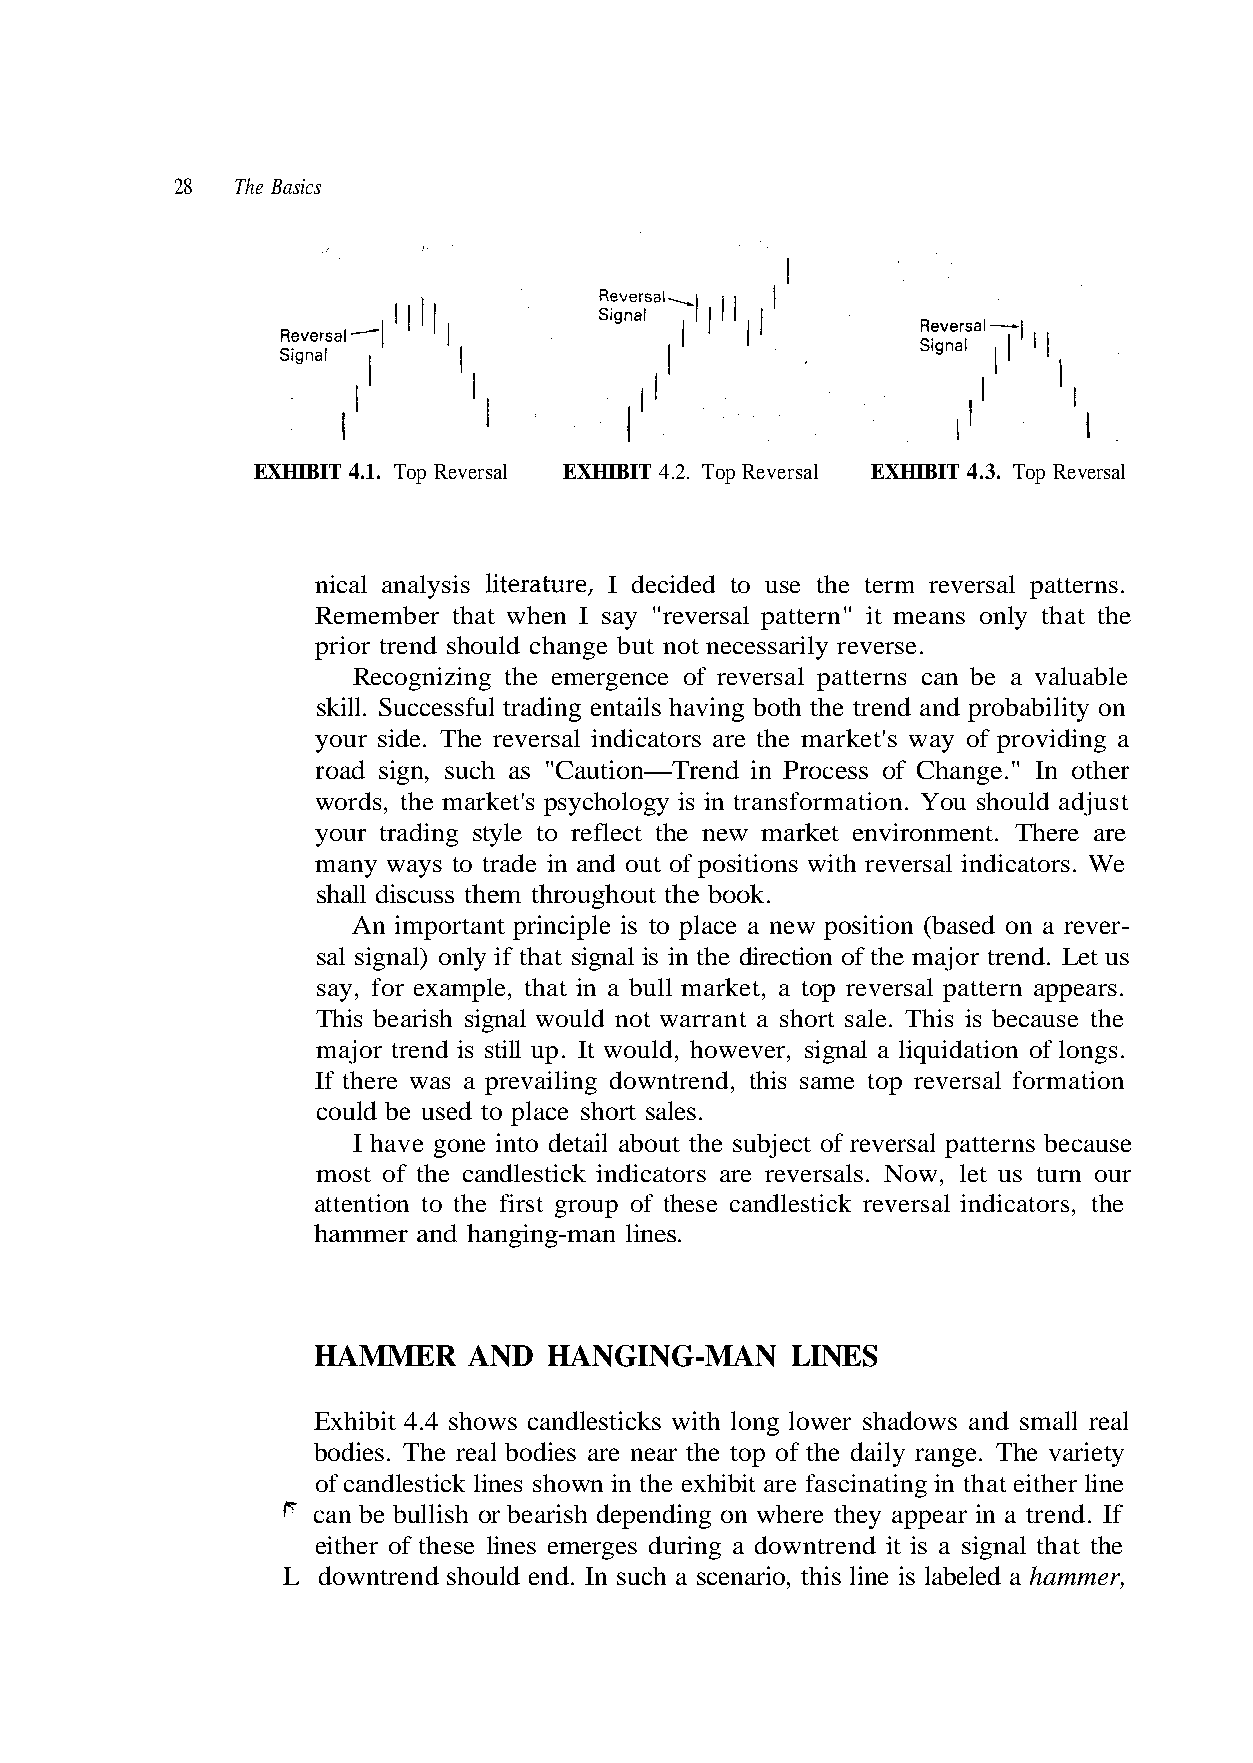
28  The Basics
 EXHIBIT 4.1. Top Reversal EXHIBIT 4.2. Top Reversal EXHIBIT 4.3. Top Reversal
 nical analysis literature, I decided to use the term reversal patterns.
 Remember that when I say "reversal pattern" it means only that the
 prior trend should change but not necessarily reverse.
 Recognizing the emergence of reversal patterns can be a valuable
 skill. Successful trading entails having both the trend and probability on
 road sign, such as "Caution—Trend in Process of Change." In other
 words, the market's psychology is in transformation. You should adjust
 many ways to trade in and out of positions with reversal indicators. We
 An important principle is to place a new position (based on a rever-
 sal signal) only if that signal is in the direction of the major trend. Let us
 say, for example, that in a bull market, a top reversal pattern appears.
 I have gone into detail about the subject of reversal patterns because
 most of the candlestick indicators are reversals. Now, let us turn our
 attention to the first group of these candlestick reversal indicators, the
 hammer and hanging-man lines.
 HAMMER    AND  HANGING-MAN     LINES
 Exhibit 4.4 shows candlesticks with long lower shadows and small real
 ^
 either of these lines emerges during a downtrend it is a signal that the
 L downtrend should end. In such a scenario, this line is labeled a hammer,
 n o i t a m r o f l a s r e v e r p o
 .
 t
 k o
 e m
 e
 o
 n
 b
 e
 a
 li
 h
 s
 er
 e
 e t
 s
 th
 h
 us
 hi
 ei
 a
 t
 t
 c
 t
 a
 e
 h
 a
 b
 t
 roviding
 hout
 This is
 rend,
 les.
 ating in
 way of p
 oug
 rt sale.
 ownt
 ort sa
 e fascin
 s
 r
 o
 d
 r
 reversal indicators are the market'
 eflect the new market environment. There are
 iscuss them th
 signal would not warrant a sh
 was a prevailing
 e used to place sh
 are near the top of the daily range. The variety
 k lines shown in the exhibit a
 your side. The
 your trading style to r
 shall d
 This bearish
 major trend is still up. It would, however, signal a liquidation of longs.
 If there
 could b
 bodies. The real bodies
 of candlestic
 can be bullish or bearish depending on where they appear in a trend. If